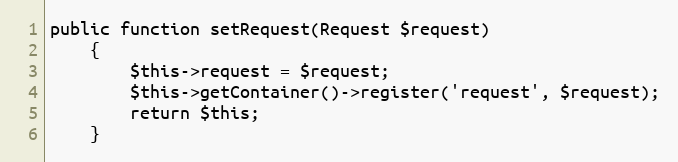
Language: PHP
public function setRequest(Request $request)
    {
        $this->request = $request;
        $this->getContainer()->register('request', $request);
        return $this;
    }